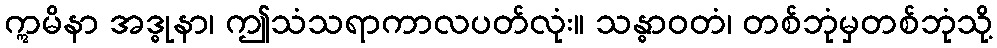
ဣမိနာ အဒ္ဓုနာ၊ ဤသံသရာကာလပတ်လုံး။ သန္ဓာဝတံ၊ တစ်ဘုံမှတစ်ဘုံသို့